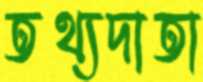
তথ্যদাতা